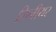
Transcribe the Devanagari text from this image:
लिनीयर